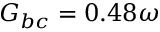
G _ { b c } = 0 . 4 8 \omega